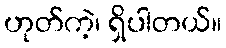
ဟုတ်ကဲ့၊ ရှိပါတယ်။